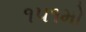
૧૫૧મો